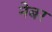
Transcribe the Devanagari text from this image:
नेबर